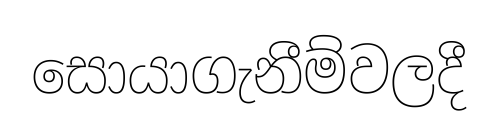
සොයාගැනීම්වලදී